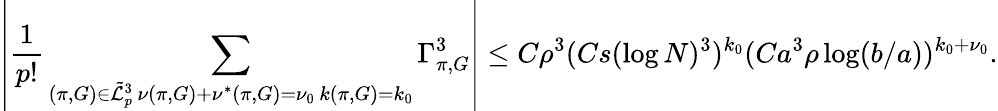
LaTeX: \left\vert\frac{1}{p!}\sum_{\substack{(\pi,G)\in\tilde{\mathcal{L}}_{p}^{3}\, \nu(\pi,G)+\nu^{*}(\pi,G)=\nu_{0}\, k(\pi,G)=k_{0}}}\Gamma_{\pi,G}^{3}\right\vert\leq C\rho^{3}(Cs(\log N)^{3})^{k_{0}}(Ca^{3}\rho\log(b/a))^{k_{0}+\nu_{0}}.